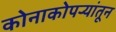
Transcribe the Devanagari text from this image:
कोनाकोपर्‍यांतून